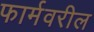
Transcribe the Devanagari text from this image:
फार्मवरील